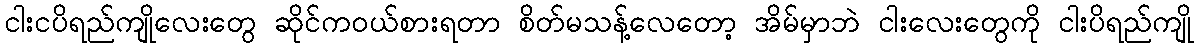
ငါးငပိရည်ကျိုလေးတွေ ဆိုင်ကဝယ်စားရတာ စိတ်မသန့်လေတော့ အိမ်မှာဘဲ ငါးလေးတွေကို ငါးပိရည်ကျို